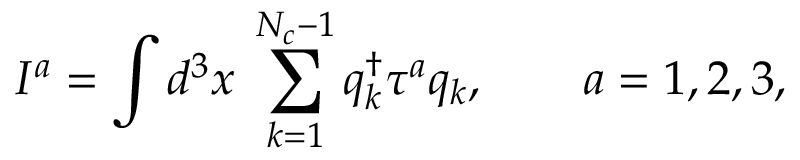
I ^ { a } = \int d ^ { 3 } x \; \sum _ { k = 1 } ^ { N _ { c } - 1 } q _ { k } ^ { \dag } \tau ^ { a } q _ { k } , \qquad a = 1 , 2 , 3 ,